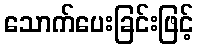
သောက်ပေးခြင်းဖြင့်